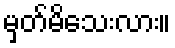
မှတ်မိသေးလား။